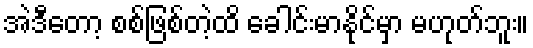
အဲဒီတော့ စစ်ဖြစ်တဲ့ထိ ခေါင်းမာနိုင်မှာ မဟုတ်ဘူး။